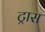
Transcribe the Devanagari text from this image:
ट्रास